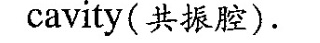
cavity(共振腔).